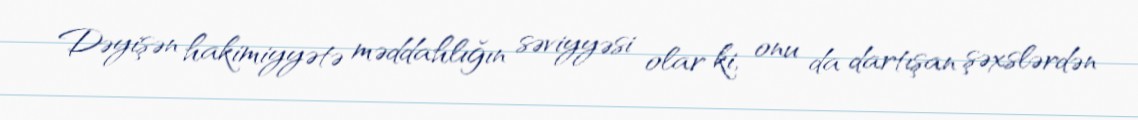
Dəyişən hakimiyyətə məddahlığın səviyyəsi olar ki, onu da dartışan şəxslərdən